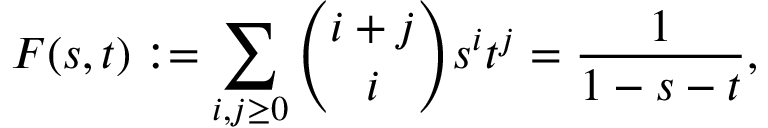
F ( s , t ) : = \sum _ { i , j \geq 0 } { \binom { i + j } { i } } s ^ { i } t ^ { j } = { \frac { 1 } { 1 - s - t } } ,